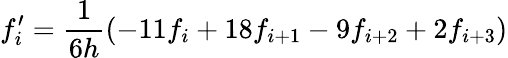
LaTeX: f_{i}^{\prime}=\frac{1}{6h}(-11f_{i}+18f_{i+1}-9f_{i+2}+2f_{i+3})